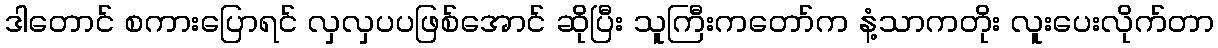
ဒါတောင် စကားပြောရင် လှလှပပဖြစ်အောင် ဆိုပြီး သူကြီးကတော်က နံ့သာကတိုး လူးပေးလိုက်တာ